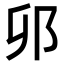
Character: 𫑗